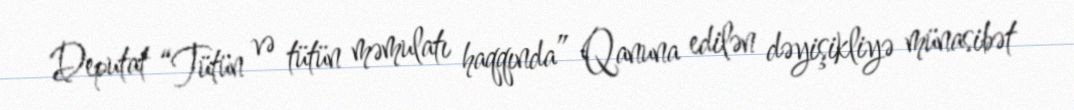
Deputat “Tütün və tütün məmulatı haqqında” Qanuna edilən dəyişikliyə münasibət